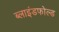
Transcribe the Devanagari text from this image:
ब्लाइंडफोल्ड